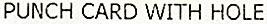
PUNCH CARD WITH HOLE